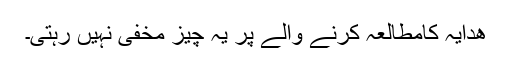
ھدایہ کامطالعہ کرنے والے پر یہ چیز مخفی نہیں رہتی۔